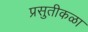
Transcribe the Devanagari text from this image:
प्रसुतीकळा